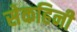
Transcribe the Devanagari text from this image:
सेकहिनी